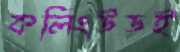
কলিংউডই